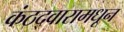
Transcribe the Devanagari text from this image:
कंठद्वारामधून